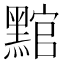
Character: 𮮛